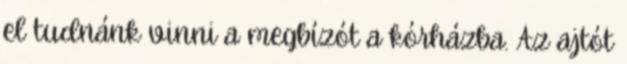
el tudnánk vinni a megbízót a kórházba. Az ajtót